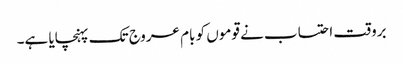
بروقت احتساب نے قوموں کو بام عروج تک پہنچایا ہے۔